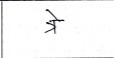
मजकूर: त्रे